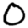
Digit: 0